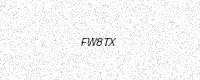
Text: FW8TX